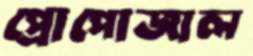
প্রোপোজাল